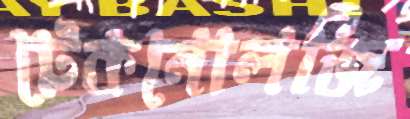
টেকনোলজি